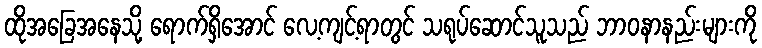
ထိုအခြေအနေသို့ ရောက်ရှိအောင် လေ့ကျင့်ရာတွင် သရုပ်ဆောင်သူသည် ဘာဝနာနည်းများကို